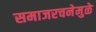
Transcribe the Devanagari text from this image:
समाजरचनेमुळे